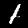
Label: 1